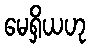
မေရှိယဟု